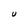
Character: U